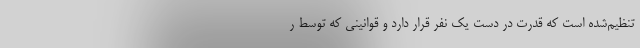
تنظیم‌شده است که قدرت در دست یک نفر قرار دارد و قوانینی که توسط ر